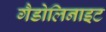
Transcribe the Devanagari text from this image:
गैडोलिनाइट